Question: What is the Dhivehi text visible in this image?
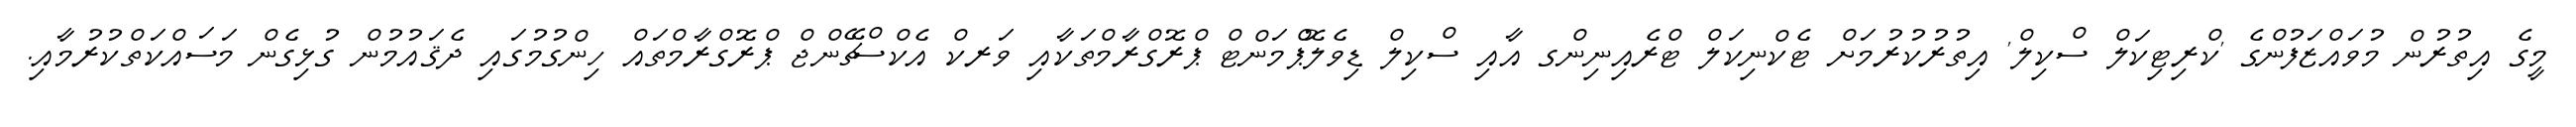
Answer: މީގެ އިތުރުން މުވައްޒަފުންގެ 'ކްރިޓިކަލް ސްކިލް' އިތުރުކުރުމަށް ޓެކްނިކަލް ޓްރެއިނިންގ އާއި ސްކިލް ޑިވެލޮޕްމަންޓް ޕްރޮގްރާމްތަކާއި ވަރކް އެކްސްޗޭންޖް ޕްރޮގްރާމްތައް ހިންގުމުގައި ދެޤައުމުން ގުޅިގެން މަސައްކަތްކުރުމާއި.